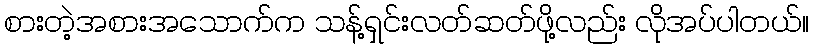
စားတဲ့အစားအသောက်က သန့်ရှင်းလတ်ဆတ်ဖို့လည်း လိုအပ်ပါတယ်။